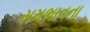
સમભાવના